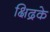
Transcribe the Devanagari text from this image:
क्षिद्रके